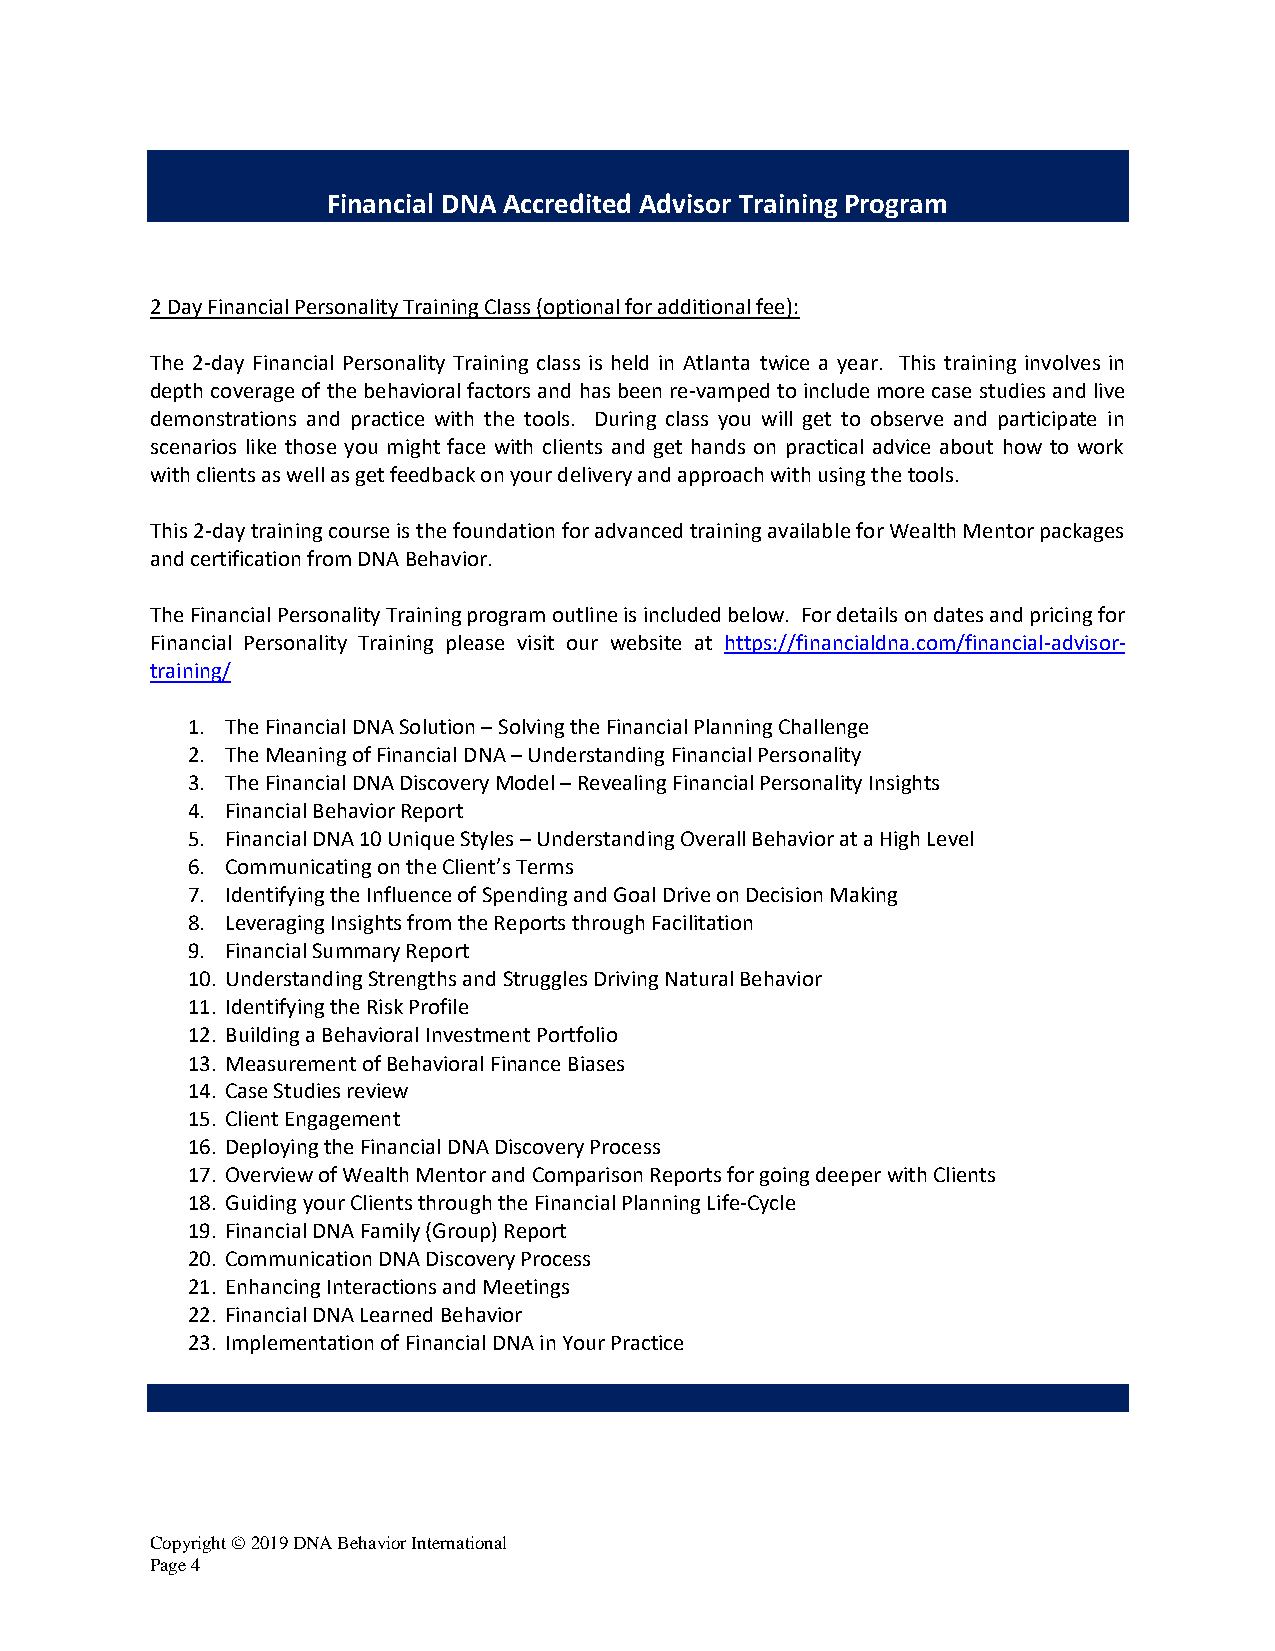
Financial DNA Accredited Advisor Training Program
 2 Day Financial Personality Training Class (optional for additional fee):
 The 2-day Financial Personality Training class is held in Atlanta twice a year. This training involves in
 depth coverage of the behavioral factors and has been re-vamped to include more case studies and live
 demonstrations and practice with the tools. During class you will get to observe and participate in
 scenarios like those you might face with clients and get hands on practical advice about how to work
 with clients as well as get feedback on your delivery and approach with using the tools.
 This 2-day training course is the foundation for advanced training available for Wealth Mentor packages
 and certification from DNA Behavior.
 The Financial Personality Training program outline is included below. For details on dates and pricing for
 Financial Personality Training please visit our website at https://financialdna.com/financial-advisor-
 training/
 1. The Financial DNA Solution – Solving the Financial Planning Challenge
 2. The Meaning of Financial DNA – Understanding Financial Personality
 3. The Financial DNA Discovery Model – Revealing Financial Personality Insights
 4. Financial Behavior Report
 5. Financial DNA 10 Unique Styles – Understanding Overall Behavior at a High Level
 6. Communicating on the Client’s Terms
 7. Identifying the Influence of Spending and Goal Drive on Decision Making
 8. Leveraging Insights from the Reports through Facilitation
 9. Financial Summary Report
 10. Understanding Strengths and Struggles Driving Natural Behavior
 11. Identifying the Risk Profile
 12. Building a Behavioral Investment Portfolio
 13. Measurement of Behavioral Finance Biases
 14. Case Studies review
 15. Client Engagement
 16. Deploying the Financial DNA Discovery Process
 17. Overview of Wealth Mentor and Comparison Reports for going deeper with Clients
 18. Guiding your Clients through the Financial Planning Life-Cycle
 19. Financial DNA Family (Group) Report
 20. Communication DNA Discovery Process
 21. Enhancing Interactions and Meetings
 22. Financial DNA Learned Behavior
 23. Implementation of Financial DNA in Your Practice
 Copyright © 2019 DNA Behavior International
 Page 4